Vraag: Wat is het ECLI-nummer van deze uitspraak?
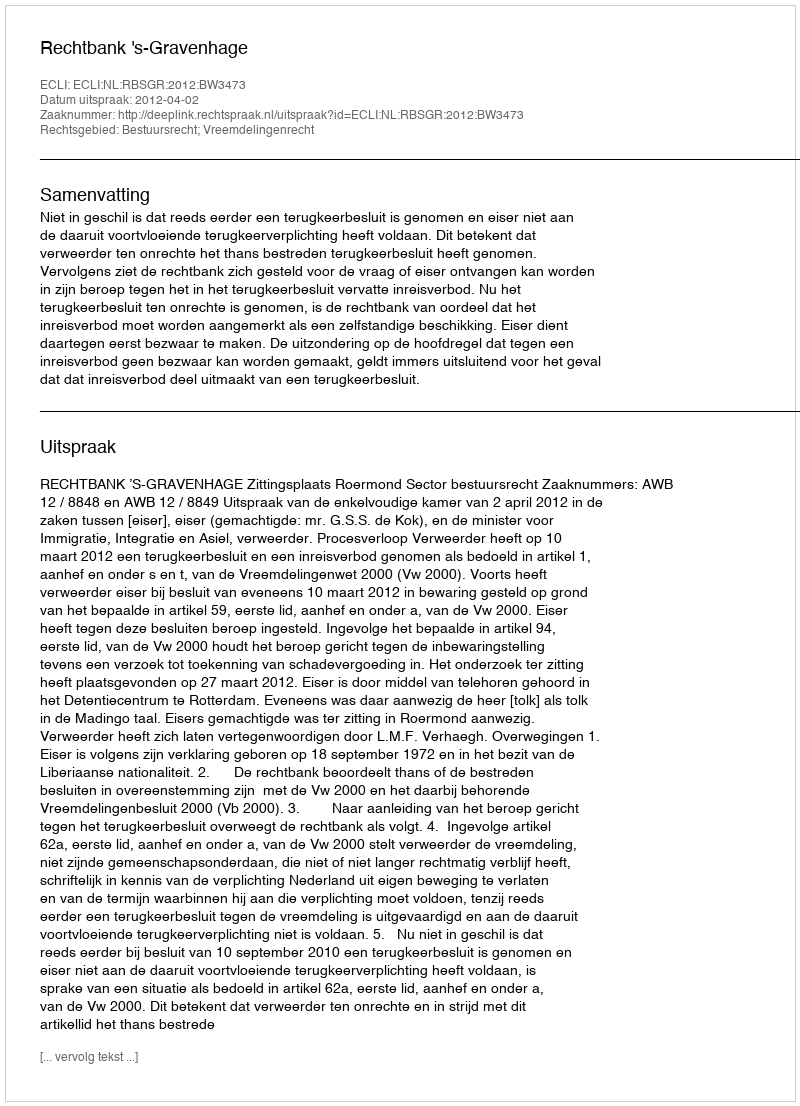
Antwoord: ECLI:NL:RBSGR:2012:BW3473